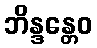
ဘိန္ဒန္တေဝ